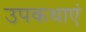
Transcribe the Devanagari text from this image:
उपकथाएं